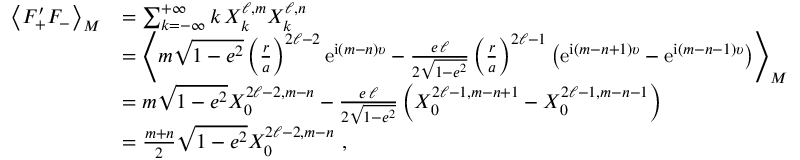
\begin{array} { r l } { \left\langle F _ { + } ^ { \prime } F _ { - } \right\rangle _ { M } } & { = \sum _ { k = - \infty } ^ { + \infty } k \, X _ { k } ^ { \ell , m } X _ { k } ^ { \ell , n } } \\ & { = \left\langle m \sqrt { 1 - e ^ { 2 } } \left( \frac { r } { a } \right) ^ { 2 \ell - 2 } \mathrm { e } ^ { \mathrm { i } ( m - n ) \upsilon } - \frac { e \, \ell } { 2 \sqrt { 1 - e ^ { 2 } } } \left( \frac { r } { a } \right) ^ { 2 \ell - 1 } \left( \mathrm { e } ^ { \mathrm { i } ( m - n + 1 ) \upsilon } - \mathrm { e } ^ { \mathrm { i } ( m - n - 1 ) \upsilon } \right) \right\rangle _ { M } } \\ & { = m \sqrt { 1 - e ^ { 2 } } X _ { 0 } ^ { 2 \ell - 2 , m - n } - \frac { e \, \ell } { 2 \sqrt { 1 - e ^ { 2 } } } \left( X _ { 0 } ^ { 2 \ell - 1 , m - n + 1 } - X _ { 0 } ^ { 2 \ell - 1 , m - n - 1 } \right) } \\ & { = \frac { m + n } { 2 } \sqrt { 1 - e ^ { 2 } } X _ { 0 } ^ { 2 \ell - 2 , m - n } \ , } \end{array}